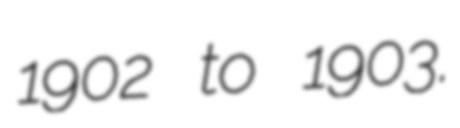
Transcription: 1902 to 1903.